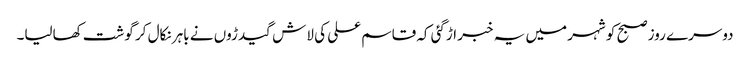
دوسرے روز صبح کو شہر میں یہ خبر اڑگئی کہ قاسم علی کی لاش گیدڑوں نے باہر نکال کر گوشت کھالیا۔